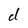
Character: d